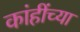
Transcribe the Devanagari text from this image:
कांहींच्या